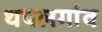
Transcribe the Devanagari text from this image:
थपलगांव